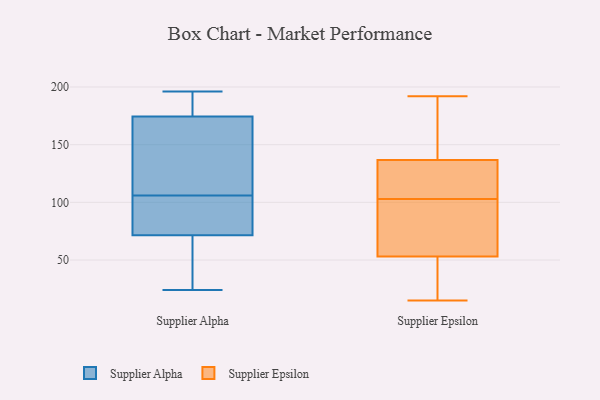
{"axis": {"x": "Conversion Rate (%)", "y": "Value"}, "legend": ["Supplier Alpha", "Supplier Epsilon"], "data": [{"x": "", "y": 160, "type": "Supplier Alpha"}, {"x": "", "y": 196, "type": "Supplier Alpha"}, {"x": "", "y": 96, "type": "Supplier Alpha"}, {"x": "", "y": 190, "type": "Supplier Alpha"}, {"x": "", "y": 116, "type": "Supplier Alpha"}, {"x": "", "y": 53, "type": "Supplier Alpha"}, {"x": "", "y": 24, "type": "Supplier Alpha"}, {"x": "", "y": 46, "type": "Supplier Alpha"}, {"x": "", "y": 90, "type": "Supplier Alpha"}, {"x": "", "y": 95, "type": "Supplier Alpha"}, {"x": "", "y": 189, "type": "Supplier Alpha"}, {"x": "", "y": 151, "type": "Supplier Alpha"}, {"x": "", "y": 33, "type": "Supplier Epsilon"}, {"x": "", "y": 113, "type": "Supplier Epsilon"}, {"x": "", "y": 167, "type": "Supplier Epsilon"}, {"x": "", "y": 103, "type": "Supplier Epsilon"}, {"x": "", "y": 107, "type": "Supplier Epsilon"}, {"x": "", "y": 45, "type": "Supplier Epsilon"}, {"x": "", "y": 55, "type": "Supplier Epsilon"}, {"x": "", "y": 95, "type": "Supplier Epsilon"}, {"x": "", "y": 15, "type": "Supplier Epsilon"}, {"x": "", "y": 47, "type": "Supplier Epsilon"}, {"x": "", "y": 130, "type": "Supplier Epsilon"}, {"x": "", "y": 192, "type": "Supplier Epsilon"}, {"x": "", "y": 170, "type": "Supplier Epsilon"}, {"x": "", "y": 157, "type": "Supplier Epsilon"}, {"x": "", "y": 92, "type": "Supplier Epsilon"}, {"x": "", "y": 74, "type": "Supplier Epsilon"}, {"x": "", "y": 105, "type": "Supplier Epsilon"}]}